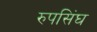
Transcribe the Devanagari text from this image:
रुपसिंघ